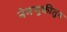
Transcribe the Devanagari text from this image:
नेमणुकीतुन